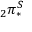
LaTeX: _ { 2 } \pi _ { * } ^ { S }